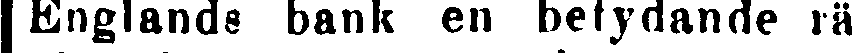
Englands bank en betydande rä